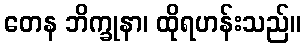
တေန ဘိက္ခုနာ၊ ထိုရဟန်းသည်။